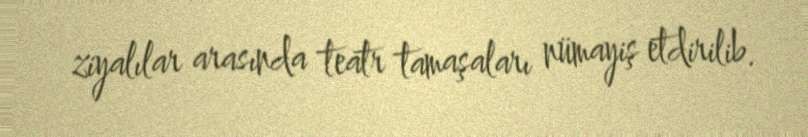
ziyalılar arasında teatr tamaşaları nümayiş etdirilib.